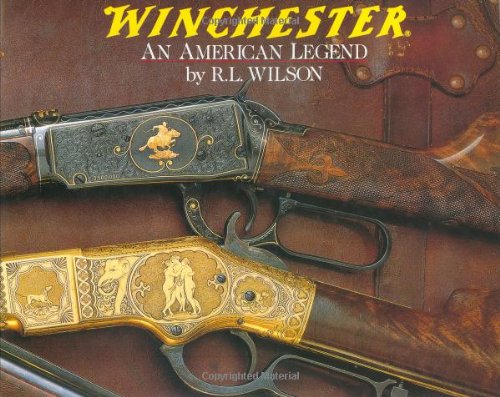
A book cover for Winchester: An American Legend; R.L. Wilson; Crafts, Hobbies & Home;